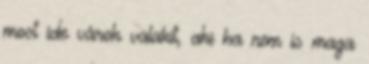
most ide várok valakit, aki ha nem is maga